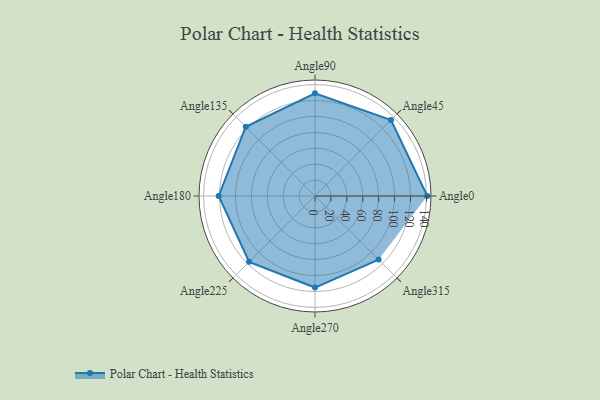
{"axis": {"x": "Angle", "y": "Radius"}, "legend": [""], "data": [{"x": "Angle0", "y": 141.0, "type": ""}, {"x": "Angle45", "y": 135.0, "type": ""}, {"x": "Angle90", "y": 129.0, "type": ""}, {"x": "Angle135", "y": 123.0, "type": ""}, {"x": "Angle180", "y": 121.0, "type": ""}, {"x": "Angle225", "y": 117.0, "type": ""}, {"x": "Angle270", "y": 115.0, "type": ""}, {"x": "Angle315", "y": 113.0, "type": ""}]}